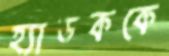
হ্যাডককে